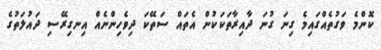
ކޮންމެ ވަގުތެއްގައިމެ ގިނަ ގުނަ ދާއިރާތަކަކުން އެތައް ސަތޭކަ ދިވެހިންނެއް އިނގިރޭސި ދައުލަތުގެ